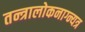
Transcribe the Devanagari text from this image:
तन्त्रालोकनाग्न्यत्र